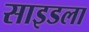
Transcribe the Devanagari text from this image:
साइडला